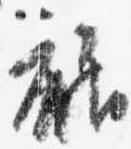
裾